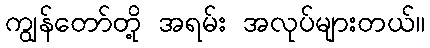
ကျွန်တော်တို့ အရမ်း အလုပ်များတယ်။